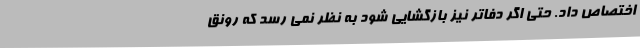
اختصاص داد. حتی اگر دفاتر نیز بازگشایی شود به نظر نمی رسد که رونق